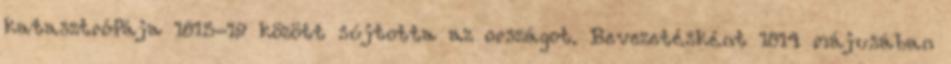
katasztrófája 1815-19 között sújtotta az országot. Bevezetésként 1814 májusában